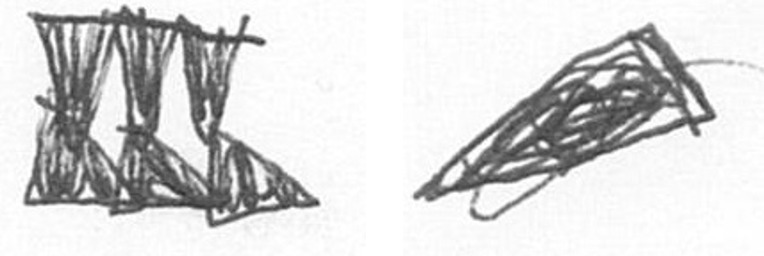
D O